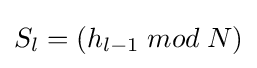
S_{l}=(h_{l-1}\;mod\;N)